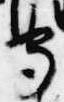
守